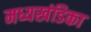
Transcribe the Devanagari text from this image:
मध्यखंडिका